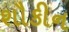
શૌકીન